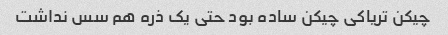
چیکن تریاکی چیکن ساده بود حتی یک ذره هم سس نداشت